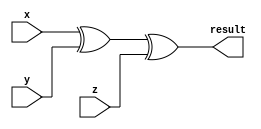
`timescale 1ns / 1ps
module par_gen(x,y,z,result);
input x,y,z;
output result;
xor (result,x,y,z);  
endmodule